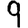
Digit: 9